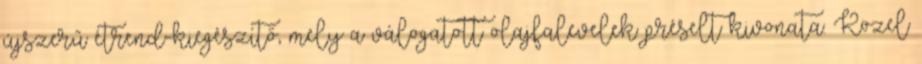
újszerű étrend-kiegészítő, mely a válogatott olajfalevelek préselt kivonata. Közel